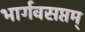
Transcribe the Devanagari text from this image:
भार्गवसप्तम्